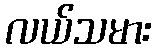
လယ်သမား